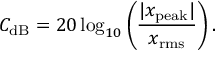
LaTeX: { C } _ { \mathrm { d B } } = 2 0 \log _ { 1 0 } \left( { \frac { | x _ { \mathrm { p e a k } } | } { x _ { \mathrm { r m s } } } } \right) .